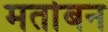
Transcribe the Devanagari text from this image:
मर्ताबन